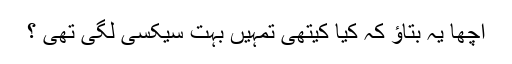
اچھا یہ بتاؤ کہ کیا کیتھی تمہیں بہت سیکسی لگی تھی ؟